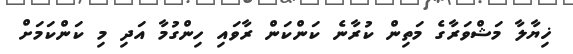
ޚިޔާލާ މަޝްވަރާގެ މަތިން ކުރާނެ ކަންކަން ރާވައި ހިންގުމާ އަދި މި ކަންކަމަށް